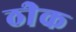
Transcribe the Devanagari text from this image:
ठीेक